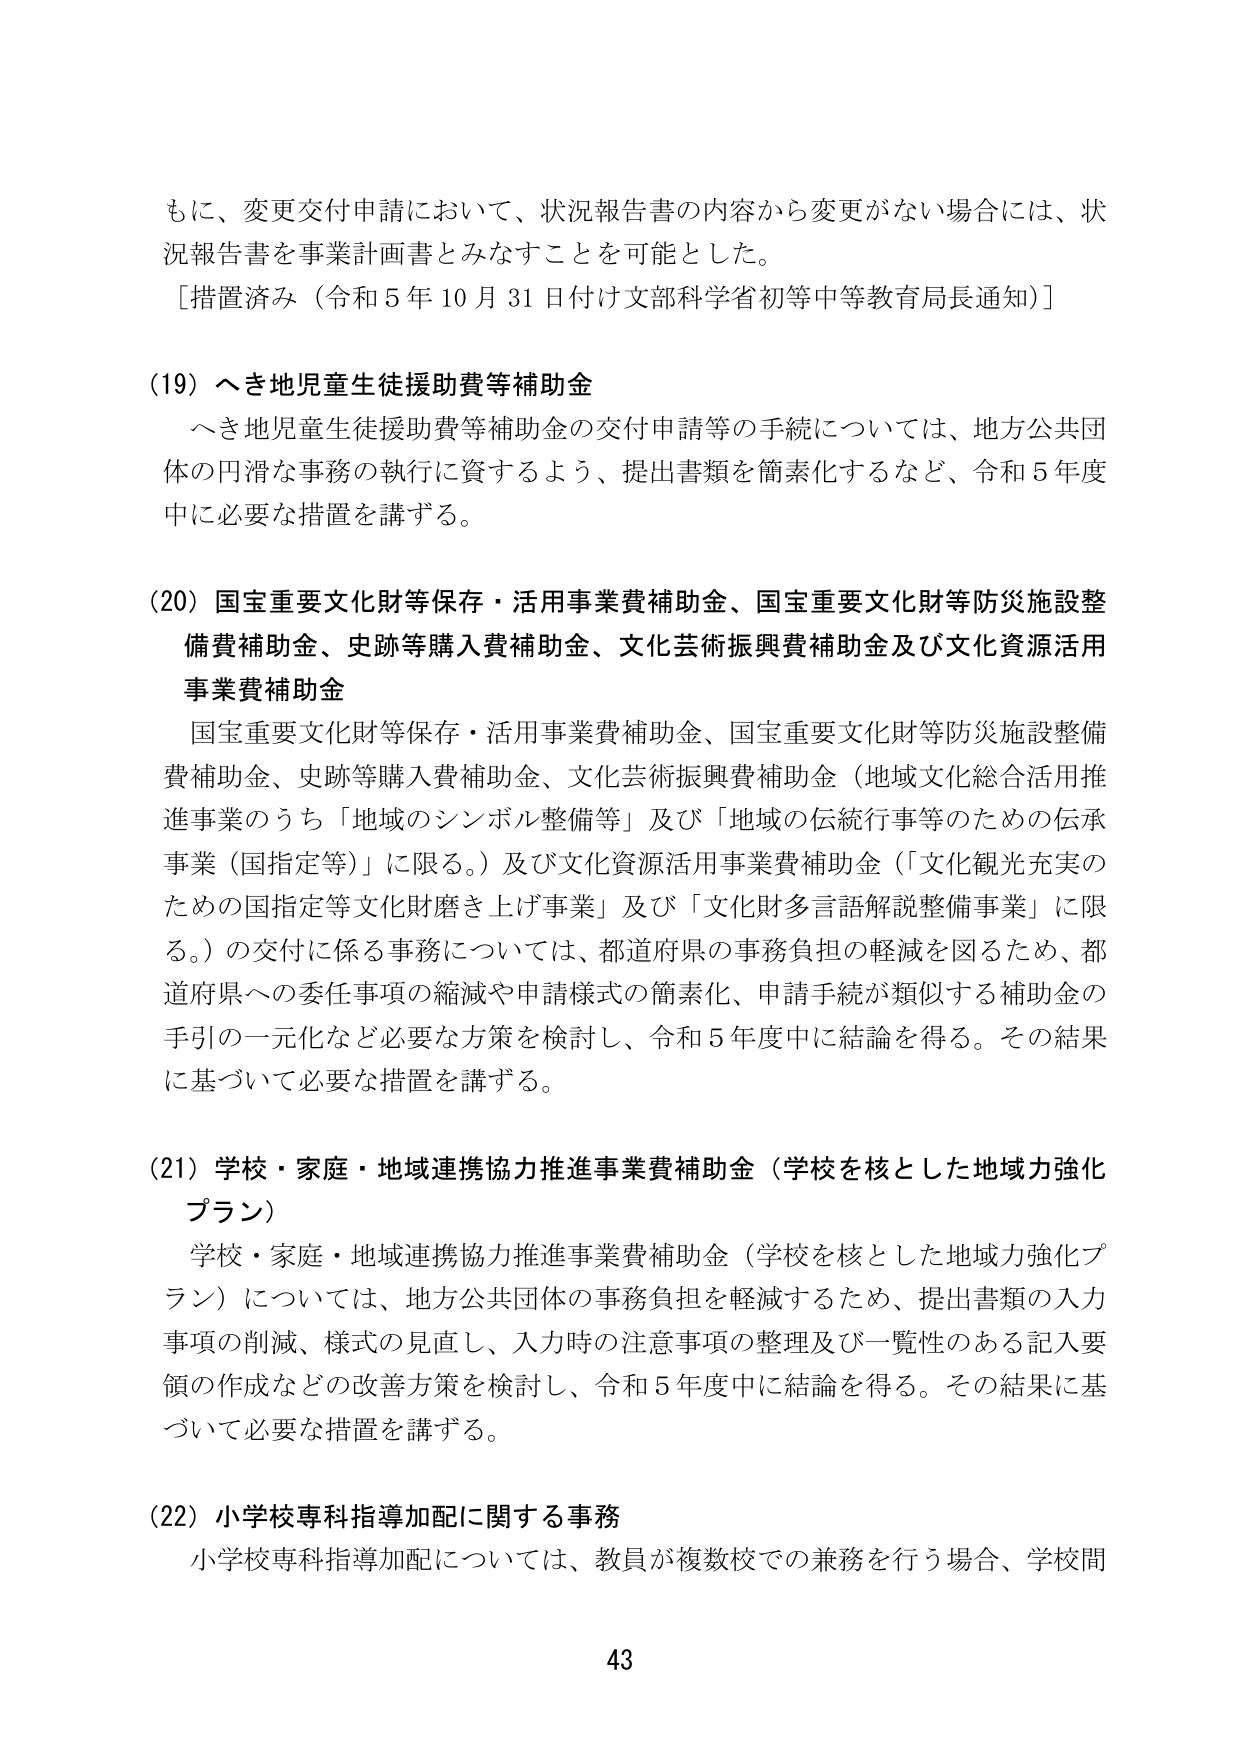
もに、変更交付申請において、状況報告書の内容から変更がない場合には、状況報告書を事業計画書とみなすことを可能とした。
［措置済み（令和５年10月31日付け文部科学省初等中等教育局長通知）］

(19) へき地児童生徒援助費等補助金
　へき地児童生徒援助費等補助金の交付申請等の手続については、地方公共団体の円滑な事務の執行に資するよう、提出書類を簡素化するなど、令和５年度中に必要な措置を講ずる。

(20) 国宝重要文化財等保存・活用事業費補助金、国宝重要文化財等防災施設整備費補助金、史跡等購入費補助金、文化芸術振興費補助金及び文化資源活用事業費補助金
　国宝重要文化財等保存・活用事業費補助金、国宝重要文化財等防災施設整備費補助金、史跡等購入費補助金、文化芸術振興費補助金（地域文化総合活用推進事業のうち「地域のシンボル整備等」及び「地域の伝統行事等のための伝承事業（国指定等）」に限る。）及び文化資源活用事業費補助金（「文化観光充実のための国指定等文化財磨き上げ事業」及び「文化財多言語解説整備事業」に限る。）の交付に係る事務については、都道府県の事務負担の軽減を図るため、都道府県への委任事項の縮減や申請様式の簡素化、申請手続が類似する補助金の手引の一元化など必要な方策を検討し、令和５年度中に結論を得る。その結果に基づいて必要な措置を講ずる。

(21) 学校・家庭・地域連携協力推進事業費補助金（学校を核とした地域力強化プラン）
　学校・家庭・地域連携協力推進事業費補助金（学校を核とした地域力強化プラン）については、地方公共団体の事務負担を軽減するため、提出書類の入力事項の削減、様式の見直し、入力時の注意事項の整理及び一覧性のある記入要領の作成などの改善方策を検討し、令和５年度中に結論を得る。その結果に基づいて必要な措置を講ずる。

(22) 小学校専科指導加配に関する事務
　小学校専科指導加配については、教員が複数校での兼務を行う場合、学校間

43